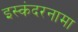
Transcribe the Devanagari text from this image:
इस्कंदरनामा